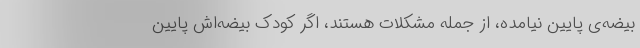
بیضه‌ی پایین نیامده، از جمله مشکلات هستند، اگر کودک بیضه‌اش پایین